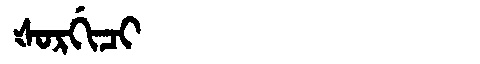
Manchu: ᡧᠣᡵᡤᡳᠴᡳ
Romanization: ŠORGICI